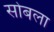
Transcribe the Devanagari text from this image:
सोबला